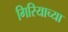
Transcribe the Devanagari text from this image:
गिरियाच्या